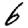
Digit: 6